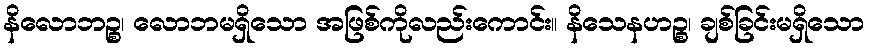
နိလောဘဉ္စ၊ လောဘမရှိသော အဖြစ်ကိုလည်းကောင်း။ နိသေနဟဉ္စ၊ ချစ်ခြင်းမရှိသော